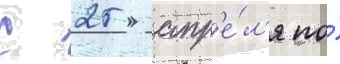
С 25 апр'е́л'я по́